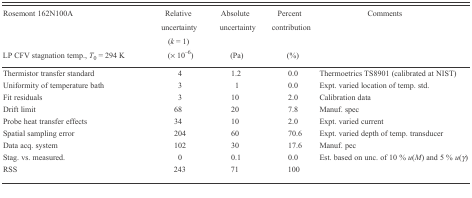
<table><thead><tr><td><b>Rosemont 162N100A</b></td><td><b>Relative uncertainty (<i>k</i> = 1)</b></td><td><b>Absolute uncertainty</b></td><td><b>Percent contribution</b></td><td><b>Comments</b></td></tr><tr><td><b>LP CFV stagnation temp., <i>T</i><sub>0</sub> = 294 K</b></td><td><b>(× 10<sup>−6</sup>)</b></td><td><b>(Pa)</b></td><td><b>(%)</b></td><td></td></tr></thead><tbody><tr><td>Thermistor transfer standard</td><td>4</td><td>1.2</td><td>0.0</td><td>Thermoetrics TS8901 (calibrated at NIST)</td></tr><tr><td>Uniformity of temperature bath</td><td>3</td><td>1</td><td>0.0</td><td>Expt. varied location of temp. std.</td></tr><tr><td>Fit residuals</td><td>3</td><td>10</td><td>2.0</td><td>Calibration data</td></tr><tr><td>Drift limit</td><td>68</td><td>20</td><td>7.8</td><td>Manuf. spec</td></tr><tr><td>Probe heat transfer effects</td><td>34</td><td>10</td><td>2.0</td><td>Expt. varied current</td></tr><tr><td>Spatial sampling error</td><td>204</td><td>60</td><td>70.6</td><td>Expt. varied depth of temp. transducer</td></tr><tr><td>Data acq. system</td><td>102</td><td>30</td><td>17.6</td><td>Manuf. pec</td></tr><tr><td>Stag. vs. measured.</td><td>0</td><td>0.1</td><td>0.0</td><td>Est. based on unc. of 10 % <i>u</i>(<i>M</i>) and 5 % <i>u</i>(<i>γ</i>)</td></tr><tr><td>RSS</td><td>243</td><td>71</td><td>100</td><td></td></tr></tbody></table>